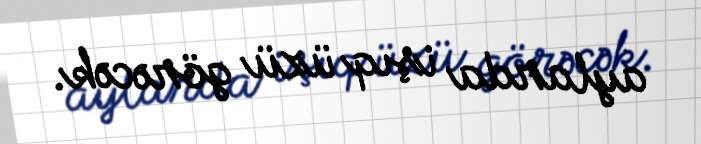
aylarda işıq üzü görəcək.